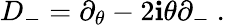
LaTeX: D_{-}=\partial_{\theta}-2\mathbf{i}\theta\partial_{-}\ .